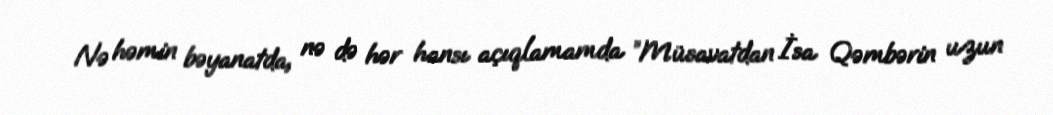
Nə həmin bəyanatda, nə də hər hansı açıqlamamda ”Müsavatdan İsa Qəmbərin uzun